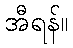
အီရန်။